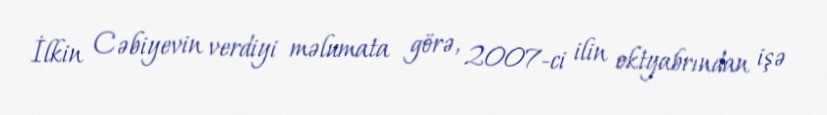
İlkin Cəbiyevin verdiyi məlumata görə, 2007-ci ilin oktyabrından işə